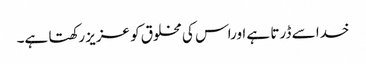
خدا سے ڈرتا ہے اوراس کی مخلوق کو عزیز رکھتا ہے۔